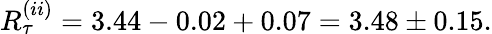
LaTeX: R_{\tau}^{(ii)}=3.44-0.02+0.07=3.48\pm 0.15.